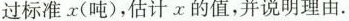
过标准x(吨)，估计x的值，并说明理由。